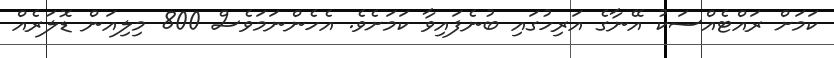
ކަމަށް ރައްޓެއްސަކު އޭނާގެ އަރިހުގައި ބުނެފައިވާ ކަމަށެވެ. އެހެންނަމަވެސް 800 މިލިއަން ޑޮލަރެއް